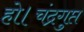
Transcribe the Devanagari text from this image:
हो।चंद्रगुप्त